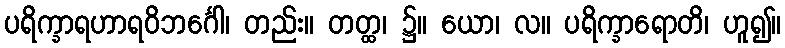
ပရိက္ခာရဟာရဝိဘင်္ဂေါ၊ တည်း။ တတ္ထ၊ ၌။ ယော၊ လ။ ပရိက္ခာရောတိ၊ ဟူ၍။